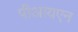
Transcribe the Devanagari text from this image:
पीआयएन